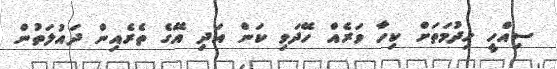
ސިއްހީ ހިދުމަތަށް ކިހާ ވަރެއް ހޭދަވި ކަން އަދި އޭގެ ތެރެއިން ދައުލަތުން